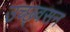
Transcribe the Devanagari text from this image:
उच्छ्वसन